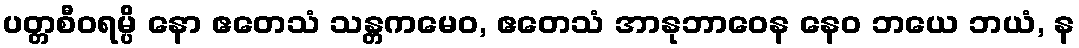
ပတ္တစီဝရမ္ပိ နော ဧတေသံ သန္တကမေဝ, ဧတေသံ အာနုဘာဝေန နေဝ ဘယေ ဘယံ, န